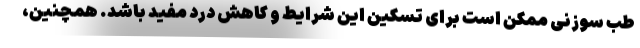
طب سوزنی ممکن است برای تسکین این شرایط و کاهش درد مفید باشد. همچنین،